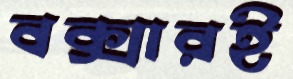
বক্সারই